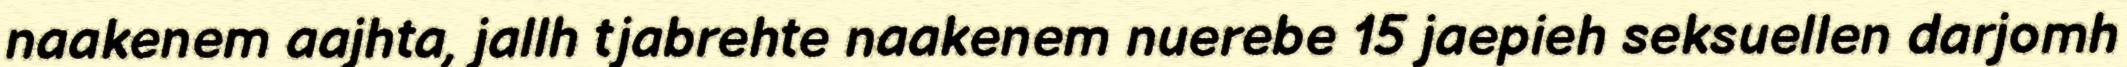
naakenem aajhta, jallh tjabrehte naakenem nuerebe 15 jaepieh seksuellen darjomh